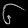
Digit: ၆